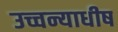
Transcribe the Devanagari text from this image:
उच्चन्याधीष